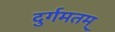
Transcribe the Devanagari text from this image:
दुर्गमतम्